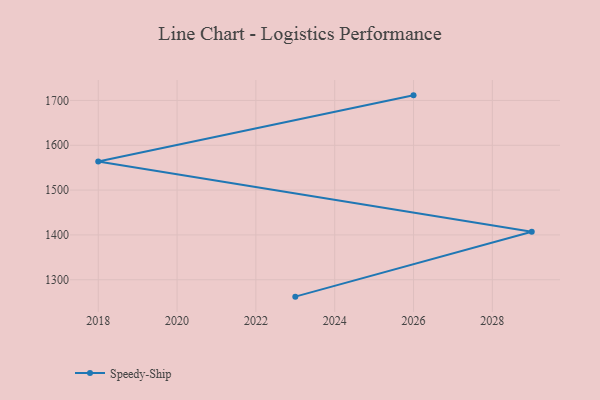
{"axis": {"x": "Year", "y": "Latency (ms)"}, "legend": ["Speedy-Ship"], "data": [{"x": "2026", "y": 1711.4, "type": "Speedy-Ship"}, {"x": "2018", "y": 1563.8, "type": "Speedy-Ship"}, {"x": "2029", "y": 1407.1, "type": "Speedy-Ship"}, {"x": "2023", "y": 1262.2, "type": "Speedy-Ship"}]}